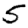
Digit: 5